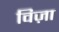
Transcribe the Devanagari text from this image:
विज़ा